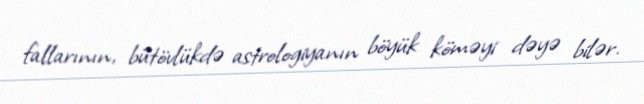
fallarının, bütövlükdə astrologiyanın böyük köməyi dəyə bilər.